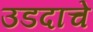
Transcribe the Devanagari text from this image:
उडदाचे